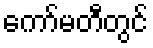
ကော်မတီတွင်